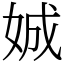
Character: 娍